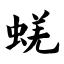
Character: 蜣